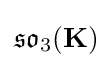
{\mathfrak {so}}_{3}(\mathbf {K} )